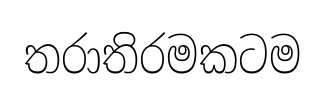
තරාතිරමකටම